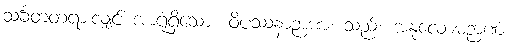
သင်္ခတတရားလျှင် အာရုံရှိသော။ ဝိပဿနာဉာဏံ၊ သည်။ အနုလောမဉာဏံ